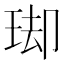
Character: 𭹌